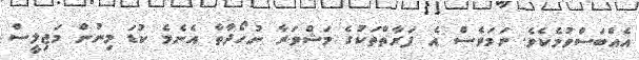
އެއްބަސްވުމެކެވެ. ނަމަވެސް އެ ފަރާތްތަކުގެ މަޝްވަރާ ނުހޯދާތާ އެނެމެ ކުޑަ މިނުން މަޖިލީސް